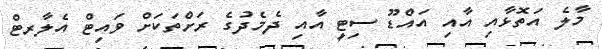
މާލެ އަތޮޅާއި އާއި އައްޑޫ ސިޓީ އާއި ދެމެދުގެ ރަށްތަކަށް ވައިޓް އެލާރޓް